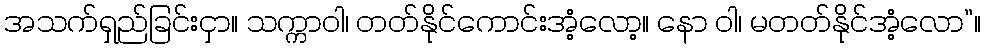
အသက်ရှည်ခြင်းငှာ။ သက္ကာဝါ၊ တတ်နိုင်ကောင်းအံ့လော့။ နော ဝါ၊ မတတ်နိုင်အံ့လော”။